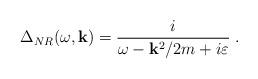
LaTeX: \begin{align*}\Delta _{NR}(\omega ,{\bf k})=\frac i{\omega -{\bf k}^2/2m+i\varepsilon }\;.\end{align*}